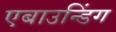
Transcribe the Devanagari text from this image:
एबाउन्डिंग